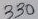
Text: 330